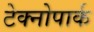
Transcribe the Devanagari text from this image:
टेक्नोपार्क